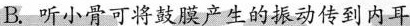
B. 听小骨可将鼓膜产生的振动传到内耳